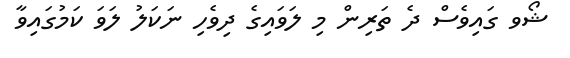
ޝޯވ ގައިވެސް ދެ ތަރިން މި ލަވައިގެ ދިވެހި ނަކަލު ލަވަ ކަމުގައިވާ